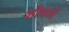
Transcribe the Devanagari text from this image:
शोभन्ते